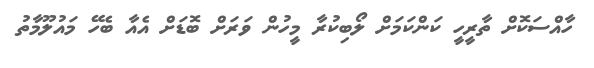
ހާއްސަކޮށް ތާރީހީ ކަންކަމަށް ލޯބިކުރާ މީހުން ވަރަށް ބޮޑަށް އެއާ ބެހޭ މައުލޫމާތު